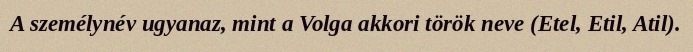
A személynév ugyanaz, mint a Volga akkori török neve (Etel, Etil, Atil).